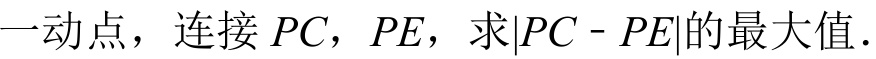
一动点，连接\(PC\)，\(PE\)，求\(\vert PC - PE\vert\)的最大值.